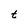
Character: t